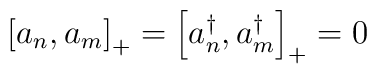
\left[ a_{n},a_{m}\right] _{+} = \left[ a_{n}^{\dagger },a_{m}^{\dagger}\right] _{+}=0